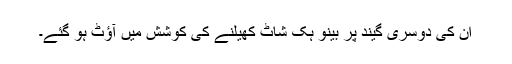
ان کی دوسری گیند پر بینو ہک شاٹ کھیلنے کی کوشش میں آؤٹ ہو گئے۔